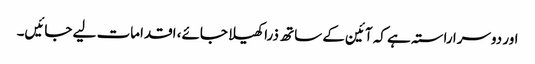
اور دوسرا راستہ ہے کہ آئین کے ساتھ ذرا کھیلا جائے، اقدامات لیے جائیں۔